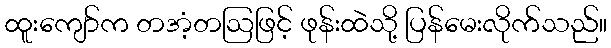
ထူးကျော်က တအံ့တဩဖြင့် ဖုန်းထဲသို့ ပြန်မေးလိုက်သည်။